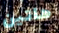
هاتين